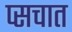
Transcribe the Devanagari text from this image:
प्सचात